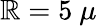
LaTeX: \mathbb{R}=5~\mu